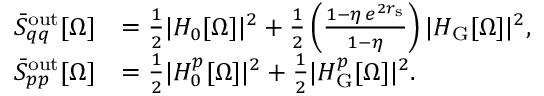
\begin{array} { r l } { \bar { S } _ { q q } ^ { \mathrm { o u t } } [ \Omega ] } & { = \frac { 1 } { 2 } | H _ { 0 } [ \Omega ] | ^ { 2 } + \frac { 1 } { 2 } \left( \frac { 1 - \eta \, e ^ { 2 r _ { \mathrm { s } } } } { 1 - \eta } \right) | H _ { \mathrm { G } } [ \Omega ] | ^ { 2 } , } \\ { \bar { S } _ { p p } ^ { \mathrm { o u t } } [ \Omega ] } & { = \frac { 1 } { 2 } | H _ { 0 } ^ { p } [ \Omega ] | ^ { 2 } + \frac { 1 } { 2 } | H _ { \mathrm { G } } ^ { p } [ \Omega ] | ^ { 2 } . } \end{array}